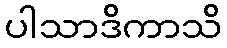
ပါသာဒိကာသိ